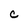
Character: C